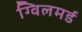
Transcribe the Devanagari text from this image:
ग्विलमर्ड